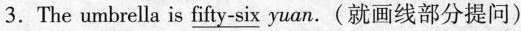
3.The umbrella is \underline{fifty-six} yuan.(就画线部分提问)